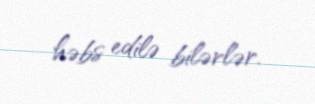
həbs edilə bilərlər.